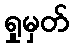
ရှုမှတ်